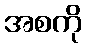
အစကို